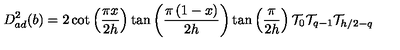
D _ { a d } ^ { 2 } ( b ) = 2 \cot \left( \frac { \pi x } { 2 h } \right) \tan \left( \frac { \pi \left( 1 - x \right) } { 2 h } \right) \tan \left( \frac { \pi } { 2 h } \right) \mathcal { T } _ { 0 } \mathcal { T } _ { q - 1 } \mathcal { T } _ { h / 2 - q }